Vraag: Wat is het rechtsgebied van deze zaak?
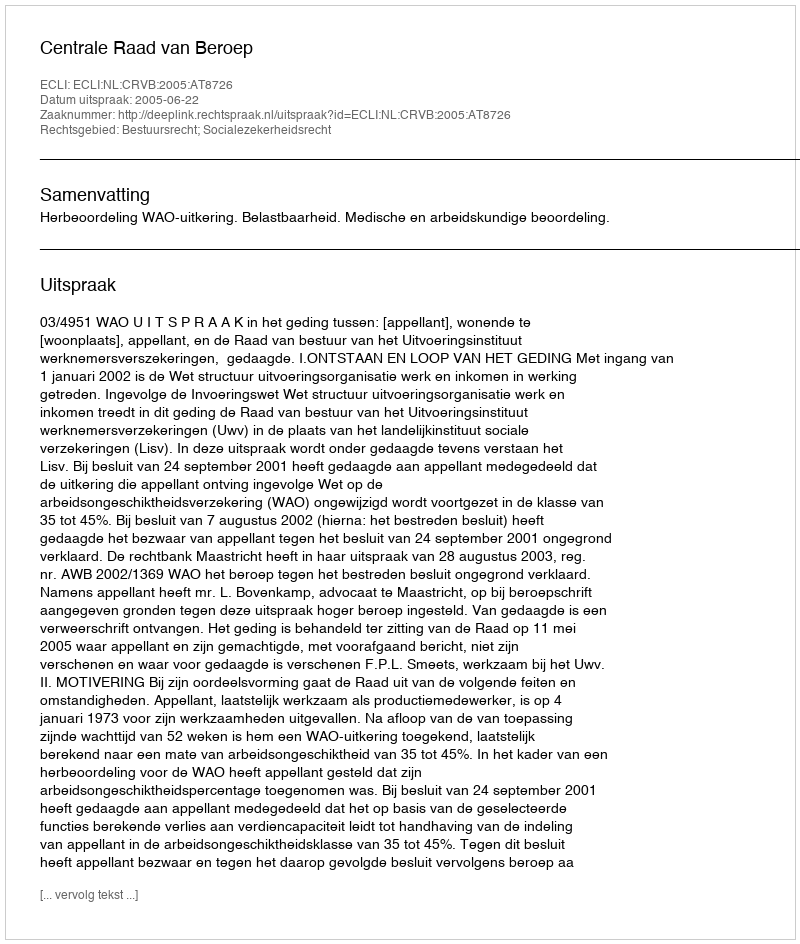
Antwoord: Bestuursrecht; Socialezekerheidsrecht